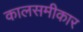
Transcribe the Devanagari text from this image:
कालसमीकार